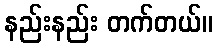
နည်းနည်း တက်တယ်။